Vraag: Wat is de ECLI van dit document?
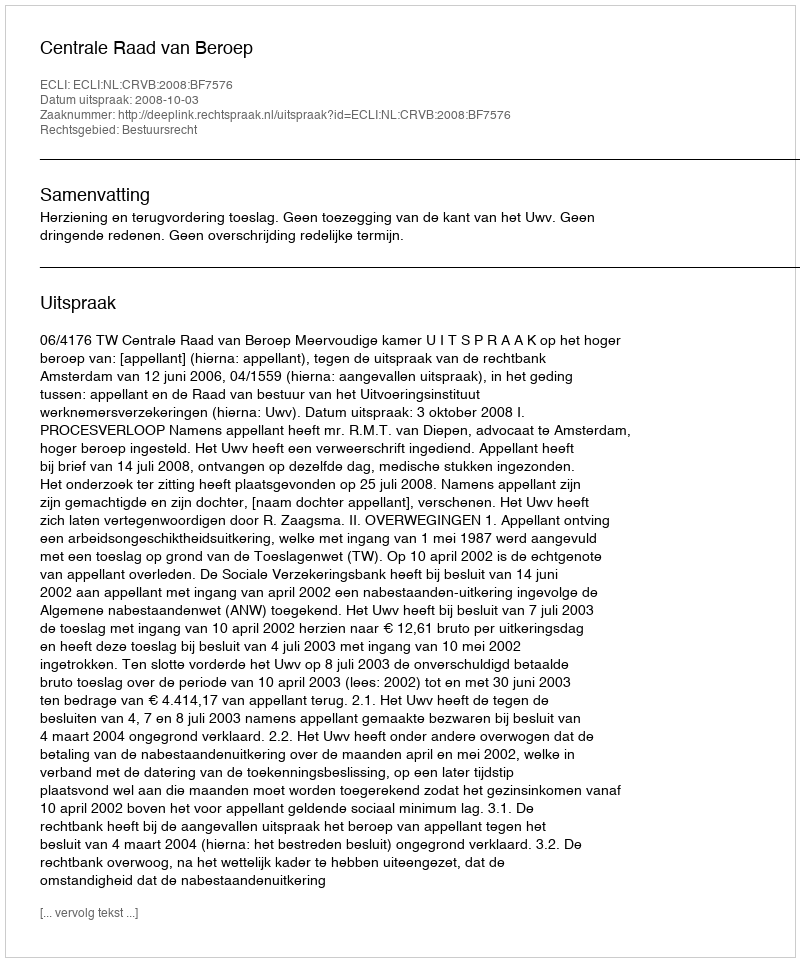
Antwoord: ECLI:NL:CRVB:2008:BF7576